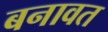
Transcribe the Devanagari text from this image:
बनावत